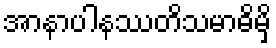
အာနာပါနဿတိသမာဓိမှိ